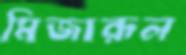
মিজারূল